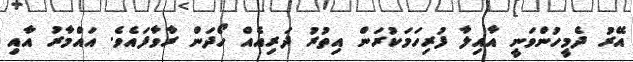
އޭރު ދެމީހުންވަނީ އާއިލާ ފުރިހަމަކުރަން އިތުރު ދަރިއެއް ހޯދަން ރާވާފައެވެ. އައްމާރު އާއި